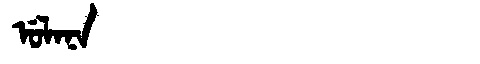
Manchu: ᡠᠯᠠᠨᠠ
Romanization: ULANA